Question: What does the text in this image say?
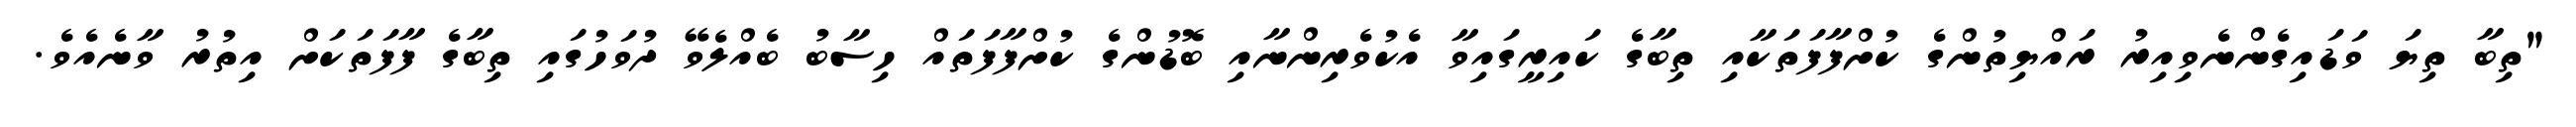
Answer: "ތިބާ ތިޔަ ވަޑައިގެންނެވިއިރު ރައްޔިތުންގެ ކުށްފާފަތަކާއި ތިބާގެ ކައިރީގައިވާ އެކުވެރިންނާއި ބޮޑުންގެ ކުށްފާފަތައް ހިސާބު ބެއްލެވޭ ދުވަހުގައި ތިބާގެ ފާފަތަކަށް އިތުރު ވާނެއެވެ.